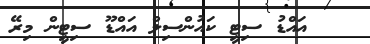
އައްޑު ސިޓީ ކައުންސިލް އައްޑޫ ސިޓީން މިރޭ